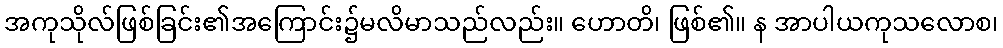
အကုသိုလ်ဖြစ်ခြင်း၏အကြောင်း၌မလိမာသည်လည်း။ ဟောတိ၊ ဖြစ်၏။ န အာပါယကုသလောစ၊